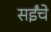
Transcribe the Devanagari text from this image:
सईंचे